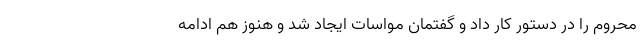
محروم را در دستور کار داد و گفتمان مواسات ایجاد شد و هنوز هم ادامه